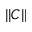
| | C | |